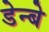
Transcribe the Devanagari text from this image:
डेन्बे